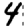
Digit: 4